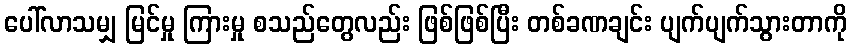
ပေါ်လာသမျှ မြင်မှု ကြားမှု စသည်တွေလည်း ဖြစ်ဖြစ်ပြီး တစ်ခဏချင်း ပျက်ပျက်သွားတာကို